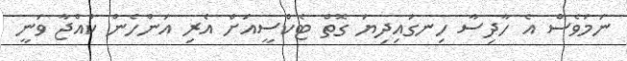
ނަމަވެސް އެ ހާދިސާ ހިނގައިދިޔަ ގޮތް ޓެކްސީއަށް އެރި އަންހެން ކުއްޖާ ވަނީ